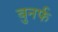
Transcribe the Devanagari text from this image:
बुनर्फ